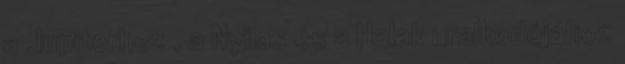
a Jupiterhez , a Nyilas és a Halak uralkodójához